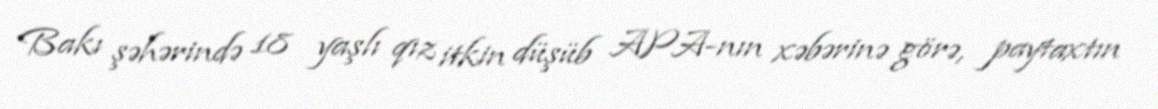
Bakı şəhərində 18 yaşlı qız itkin düşüb APA-nın xəbərinə görə, paytaxtın